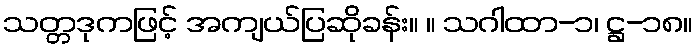
သတ္တဒုကဖြင့် အကျယ်ပြဆိုခန်း။ ။ သဂါထာ-၁၊ ဋ္ဌ-၁၈။